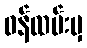
ဝန်ထမ်းမှ